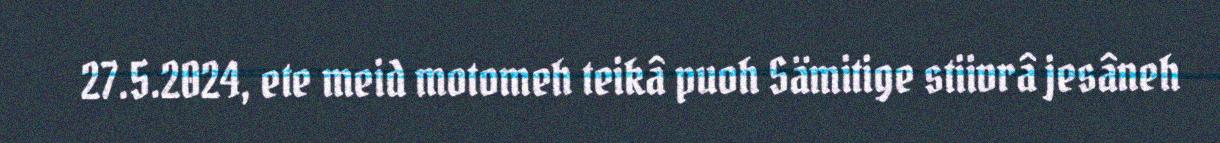
27.5.2024, ete meid motomeh teikâ puoh Sämitige stiivrâ jesâneh